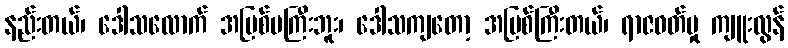
နည်းတယ်၊ ဒေါသလောက် အပြစ်မကြီးဘူး၊ ဒေါသကျတော့ အပြစ်ကြီးတယ်၊ ရာဇဝတ်မှု ကျူးလွန်